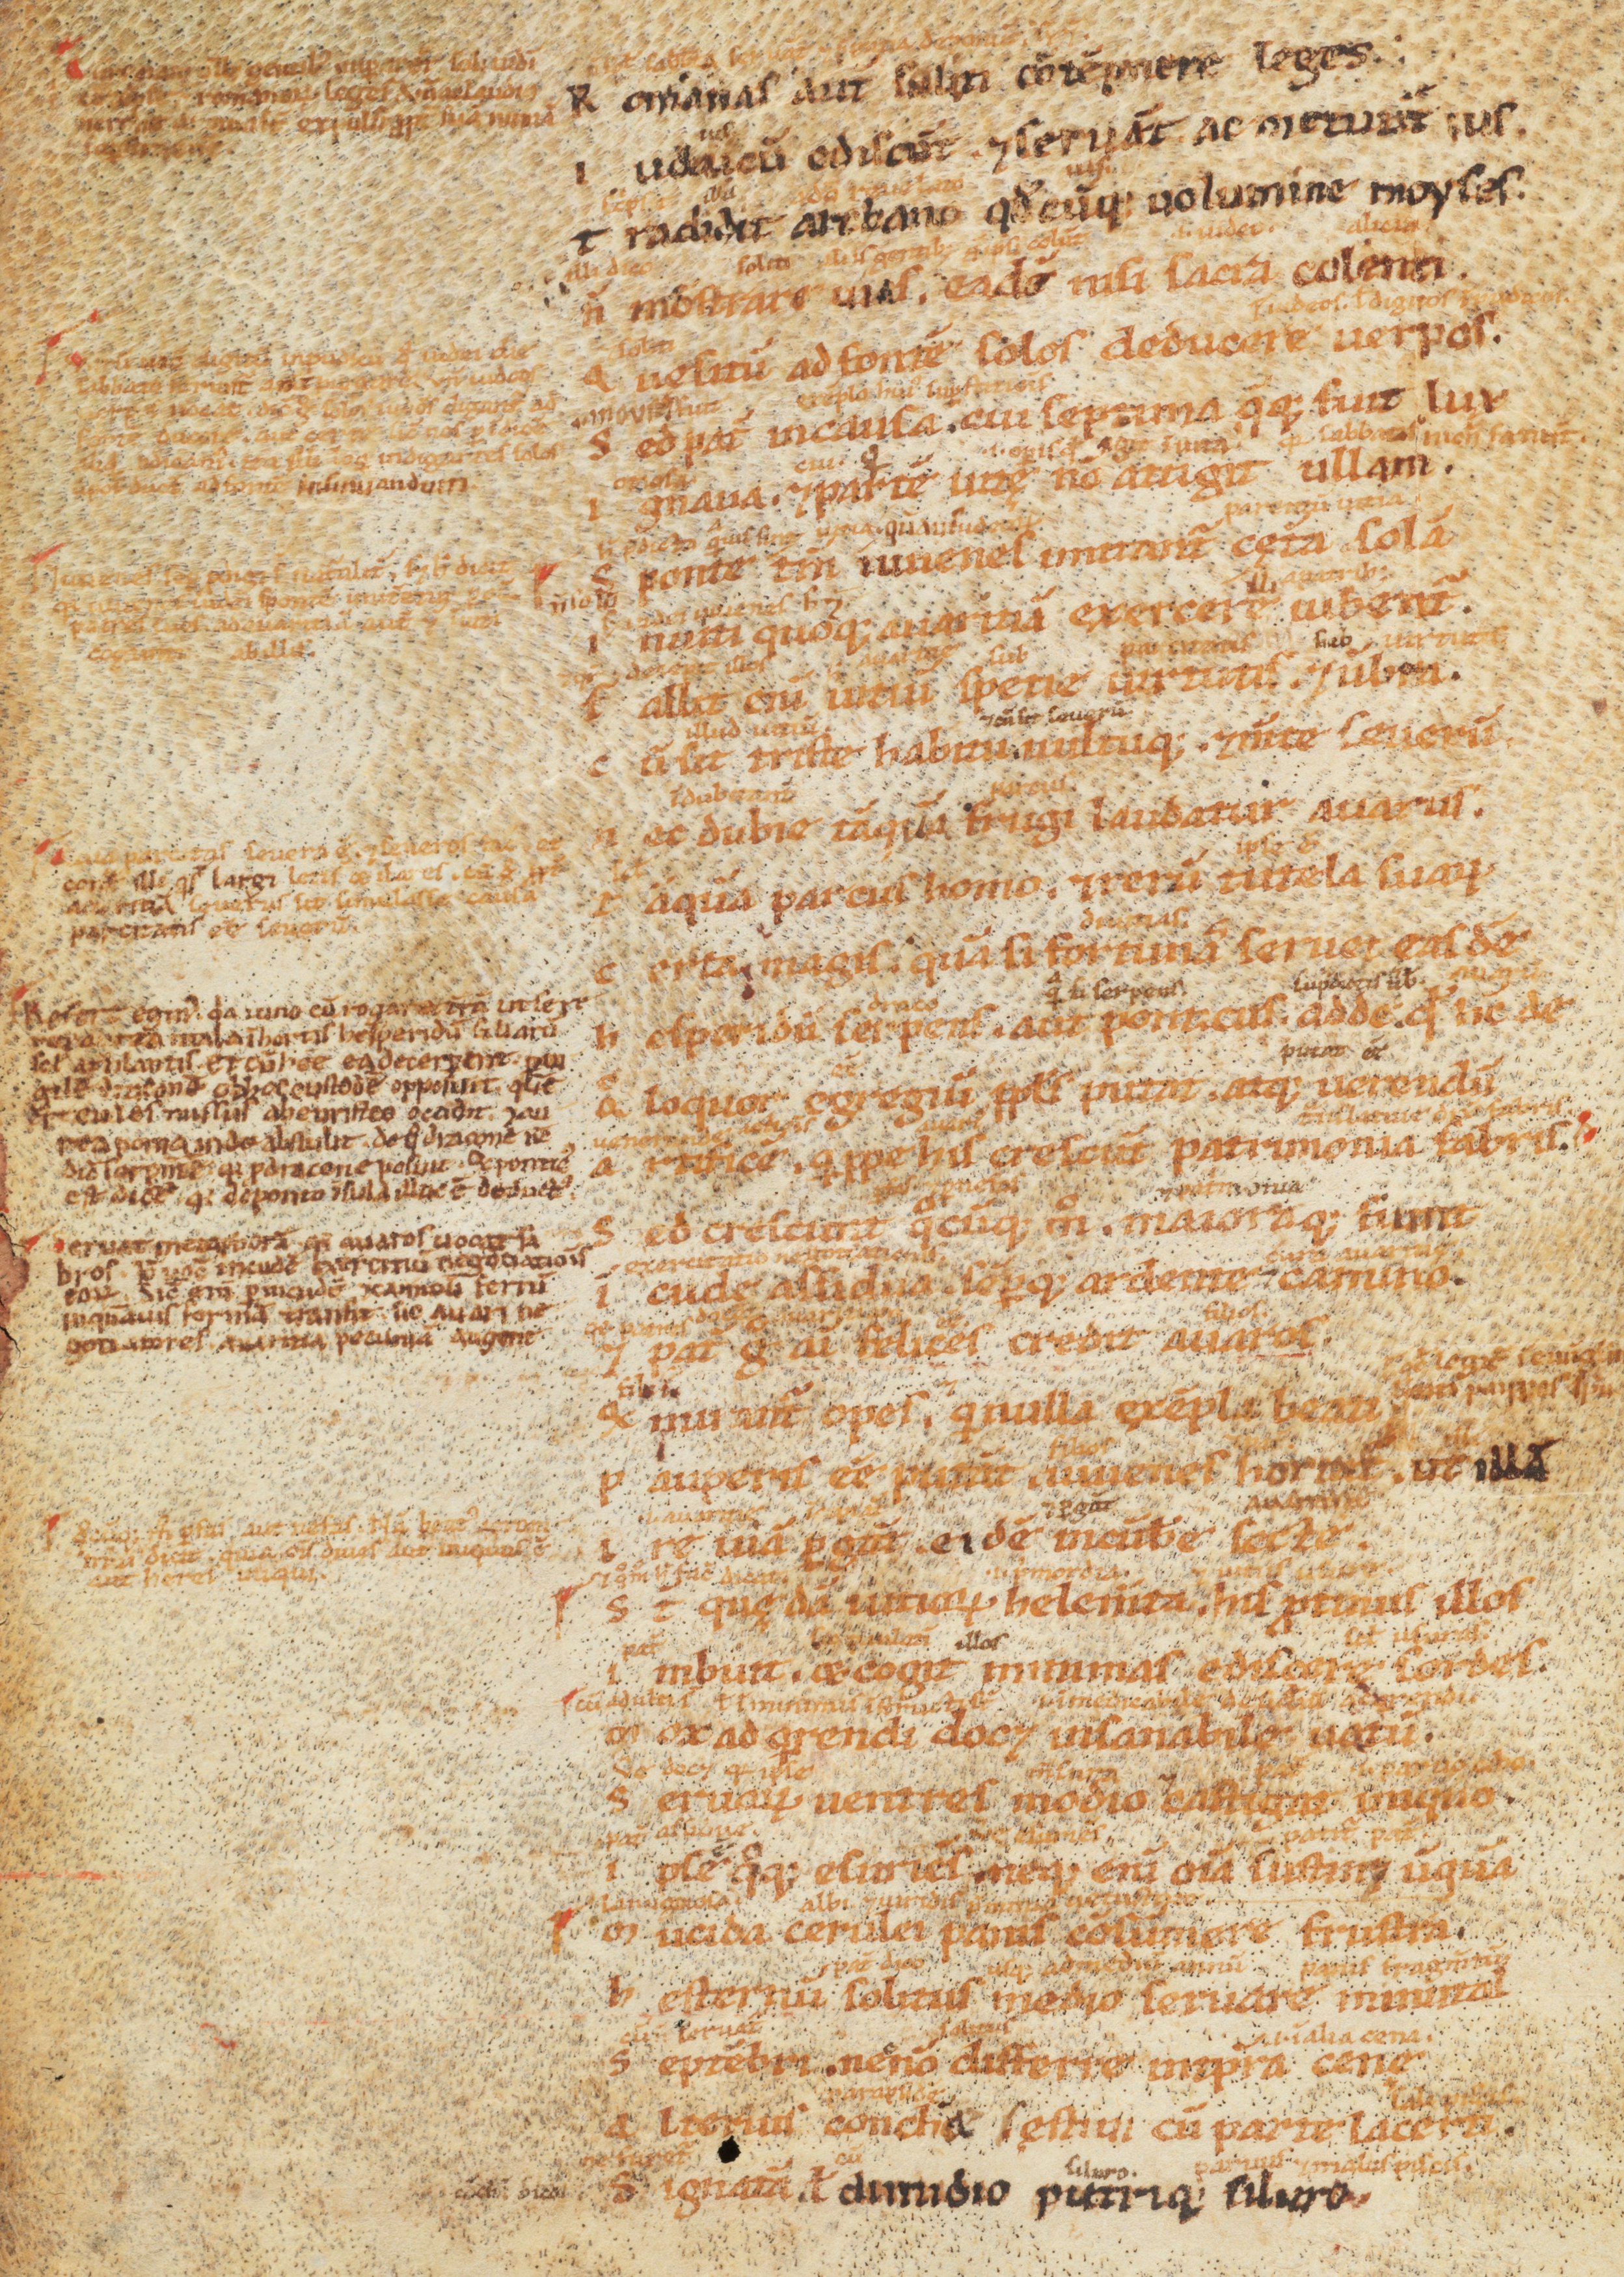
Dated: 1100–1199